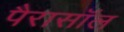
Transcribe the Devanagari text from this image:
पैरासॉल